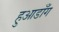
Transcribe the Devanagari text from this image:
हुआडाँग